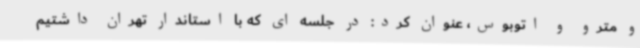
و مترو و اتوبوس، عنوان کرد: در جلسه ای که با استاندار تهران داشتیم